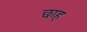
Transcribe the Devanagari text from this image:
छाह